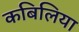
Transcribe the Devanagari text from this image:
कबिलिया